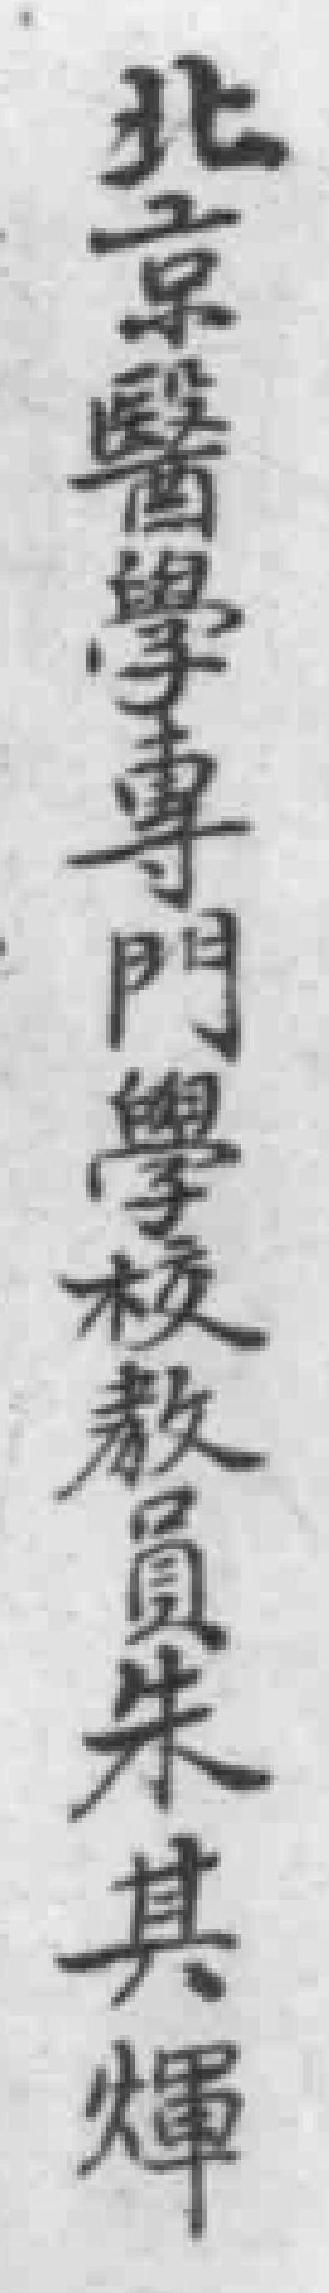
北京醫學專門學校教員朱其輝